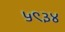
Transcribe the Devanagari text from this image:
५९३४